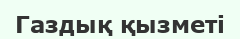
Газдық қызметі